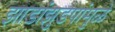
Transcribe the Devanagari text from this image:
झाडांझुडपांमुळे